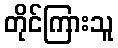
တိုင်ကြားသူ